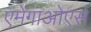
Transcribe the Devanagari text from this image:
एमेगाओएस